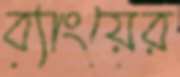
ব্যাংয়ের